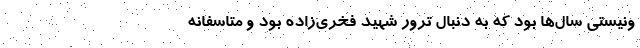
ونيستي سال‌ها بود كه به دنبال ترور شهيد فخري‌زاده بود و متاسفانه